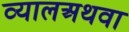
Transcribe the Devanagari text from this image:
व्यालअथवा